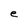
Character: e